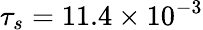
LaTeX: \tau_{s}=11.4\times 10^{-3}